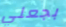
بجعلي